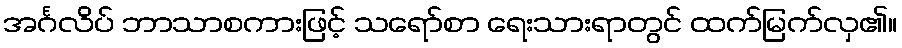
အင်္ဂလိပ် ဘာသာစကားဖြင့် သရော်စာ ရေးသားရာတွင် ထက်မြက်လှ၏။